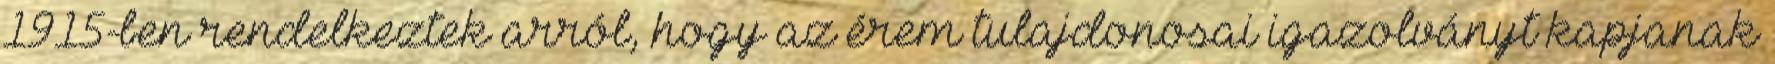
1915-ben rendelkeztek arról, hogy az érem tulajdonosai igazolványt kapjanak